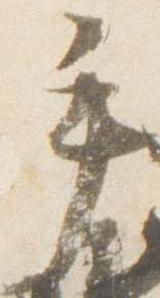
手